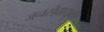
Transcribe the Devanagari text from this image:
जनसेवायुक्‍त